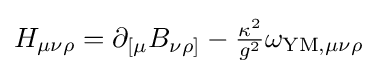
H_{\mu \nu \rho }=\partial _{[\mu }B_{\nu \rho ]}-{\tfrac {\kappa ^{2}}{g^{2}}}\omega _{{\text{YM}},\mu \nu \rho }